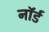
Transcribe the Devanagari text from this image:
नॉर्ड